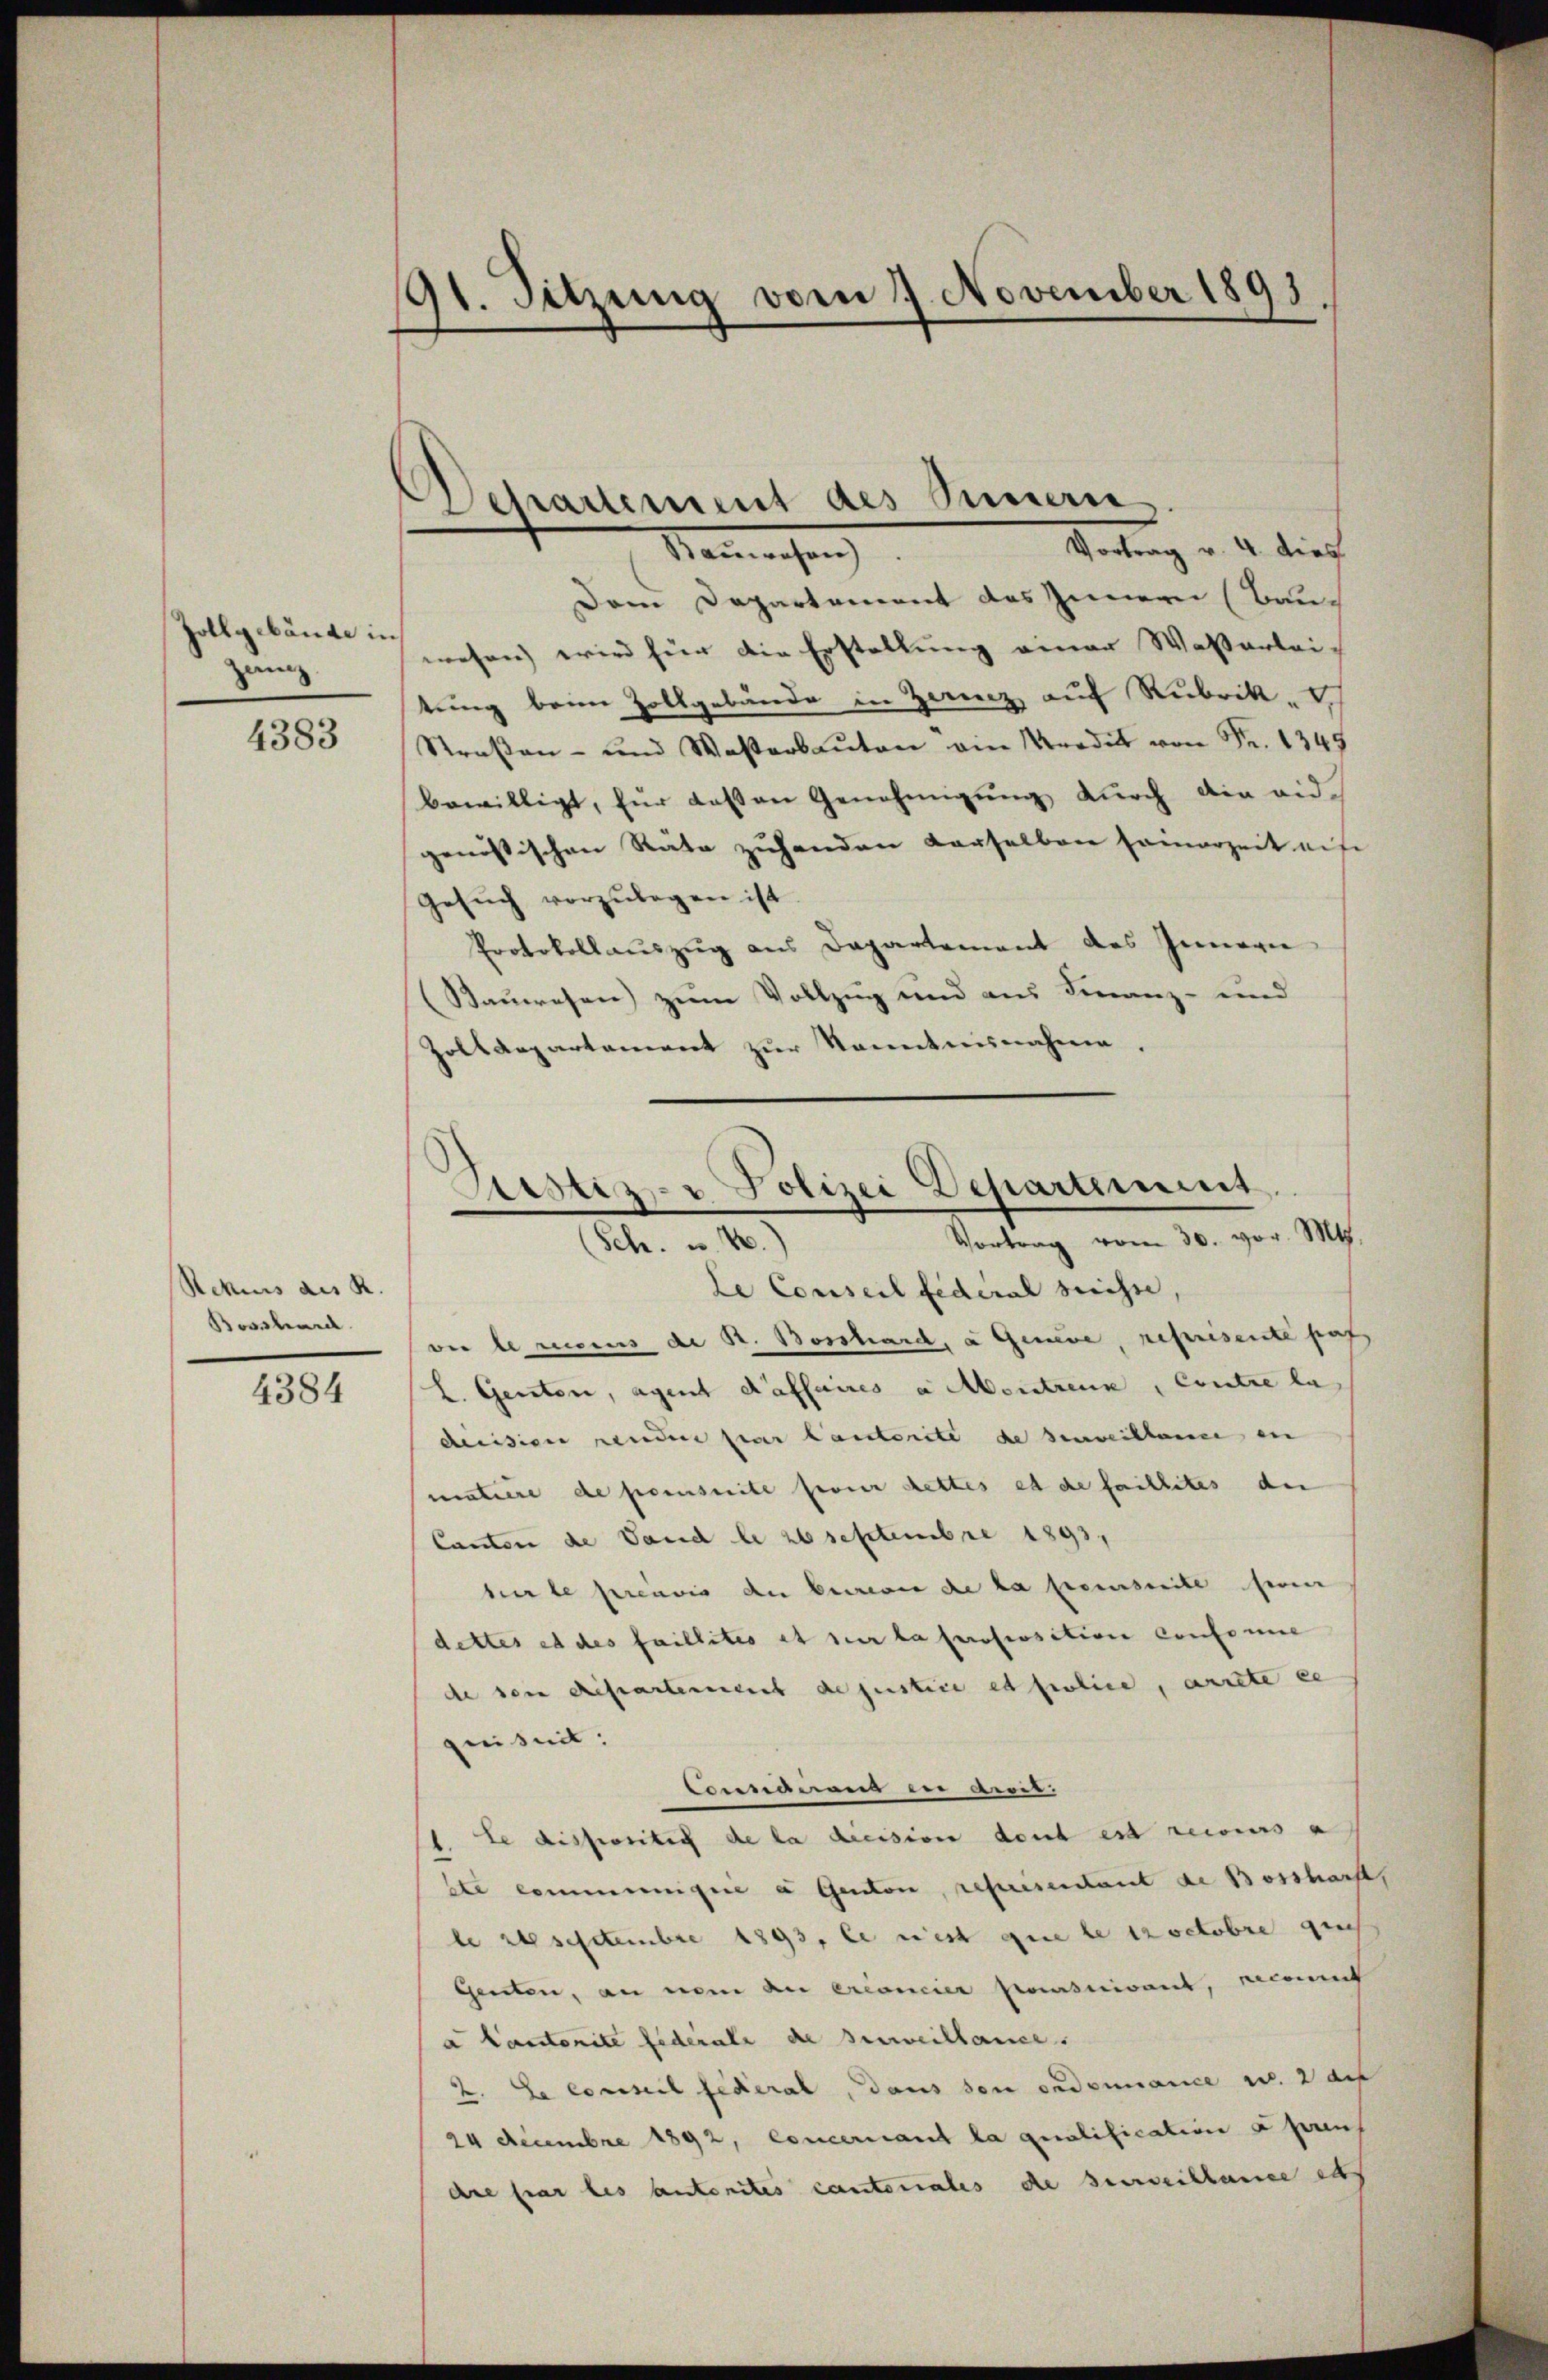
zanz

4383

Rekurs des R.
Bossard.
4384

91. Sitzung vom 7. November 1893.

Departement des Innern.
Vortrag v. 4. dies
Natrechen

Dem Departement des Innern (Baud
Zollgebäude gen wird für die Erstellung einer Waßerleitung beim Zollgebäude in Zweiz auf Rubrik
Straβen- und Wasserbaŭten ein Kredit von Fr. 1349
bewilligt, für dassen Genehmigŭng durch die eidgenössischen Räte zuhanden derselben seinerzeit auf
Gesŭch vorzŭlegen ist.
Protokollauszug aus Dapartement des Innern
(Sauwesen) zum Vollzug und aus Finanz- und
Zolldepartement zur Kenntnisnahme.

Pcstiz- u. Polizei Departement
Vortrag vom 30. vor. Mts.
(Sch. u. 20.

Le Conseil fédéral Suisse,
ver le ricus de B. Bosshard, a Geneve, reprisente pas
L. Gensten, agent daffaires a Montrenne, Contre la
decision rendere par lauterite de surveillance in
matiere de preseite ferner dettes et de faillites der
Canton de Land le 26 Septembre 1893.
bierte previs der beregen de la penseite sein
dettes et des faillites et sur la professition confomie
de sein dieseartement de justice et police, arrete er
peiseit
omanen in ander.
le dispositis de la diession dont est recours a
ste communicire à Ganton, représentant de Bosshaft,
be 26 sectembre 1893, le rest que le troctobre gu
Genten, an nom du créancier poursuivant, reconnat
a Cantonite federale die Beweillance.
2. Le conseil fédéral, dans son ordonnance w. au
24 Decembre 1892, Concernant la qualification a pren
dre par les antenites cantonales de surveillance es